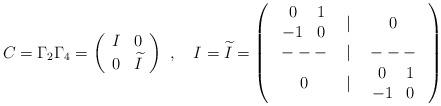
LaTeX: \begin{align*}C=\Gamma _2\Gamma _4=\left(\begin{array}{cc}I & 0 \\0 & \widetilde{I}\end{array}\right) \ ,\quad I=\widetilde{I}=\left(\begin{array}{ccc}\begin{array}{cc}0 & 1 \\-1 & 0\end{array}& | & 0 \\--- & | & --- \\0 & | &\begin{array}{cc}0 & 1 \\-1 & 0\end{array}\end{array}\right)\end{align*}